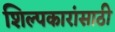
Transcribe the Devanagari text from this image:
शिल्पकारांसाठी